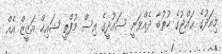
މިއަދުގެ ޙައްޖުގެ ޚުތުބާ ދެއްވަނީ ސައުދީގެ އިސް މުފްތީ ޝައިޚް އަޒީޒް އެއް